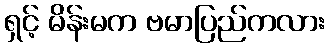
ရှင့် မိန်းမက ဗမာပြည်ကလား